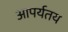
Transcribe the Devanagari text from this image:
आपर्यतय